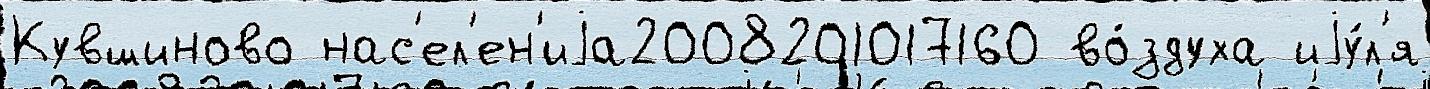
Кувшиново нас'ел'ен'иjа2008201017160 во́здуха иjу́л'я